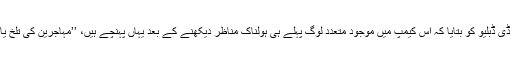
اس خاتون ماہر نفسیات نے ڈی ڈبلیو کو بتایا کہ اس کیمپ میں موجود متعدد لوگ پہلے ہی ہولناک مناظر دیکھنے کے بعد یہاں پہنچے ہیں، ’’مہاجرین کی تلخ یادیں ابھی ختم نہیں ہوئی ہیں۔